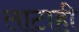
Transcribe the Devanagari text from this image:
लाटाही